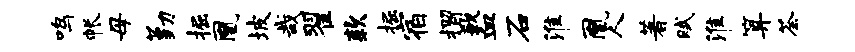
鸣帐母勤掘凰坡哉翟款掘宿摺歉血石淮凰人著赋淮算荼